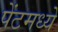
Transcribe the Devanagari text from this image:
पेंटमध्ये